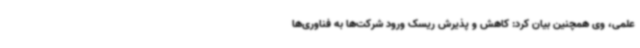
علمی، وی همچنین بیان کرد: کاهش و پذیرش ریسک ورود شرکت‌ها به فناوری‌ها